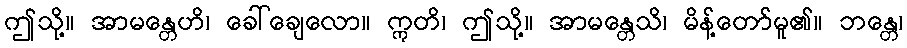
ဤသို့။ အာမန္တေဟိ၊ ခေါ်ချေလော။ ဣတိ၊ ဤသို့။ အာမန္တေသိ၊ မိန့်တော်မူ၏။ ဘန္တေ၊